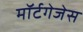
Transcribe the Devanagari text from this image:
मॉर्टगेजेस